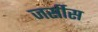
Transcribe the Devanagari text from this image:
जर्सीस